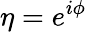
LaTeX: \eta=e^{i\phi}